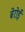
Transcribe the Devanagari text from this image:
बेरोई